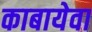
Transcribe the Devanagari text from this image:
काबायेवा